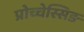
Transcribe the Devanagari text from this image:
प्रोच्चेस्सिङ